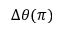
\Delta \theta ( \pi )